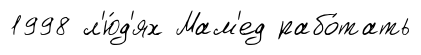
1998 л'ю́д'ях Мам'ед рабо́тать